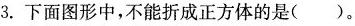
3. 下面图形中，不能折成正方体的是()。